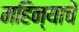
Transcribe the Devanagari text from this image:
महिन्याचें